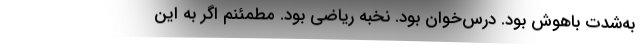
به‌شدت باهوش بود. درس‌خوان بود. نخبه ریاضی بود. مطمئنم اگر به این